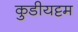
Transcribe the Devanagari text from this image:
कुडीयट्टम